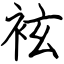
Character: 袨